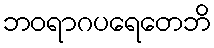
ဘဝရာဂပရေတေဘိ